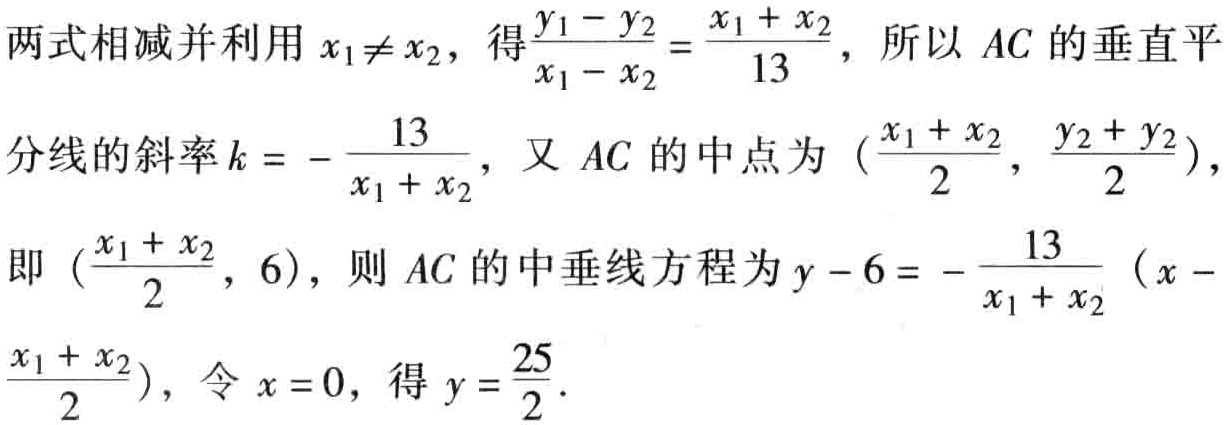
两式相减并利用 \(x_{1}\neq x_{2}\)，得\(\frac{y_{1}-y_{2}}{x_{1}-x_{2}}=\frac{x_{1}+x_{2}}{13}\)，所以 \(AC\) 的垂直平

分线的斜率\(k = -\frac{13}{x_{1}+x_{2}}\)，又 \(AC\) 的中点为 \((\frac{x_{1}+x_{2}}{2},\frac{y_{2}+y_{2}}{2})\)，

即 \((\frac{x_{1}+x_{2}}{2},6)\)，则 \(AC\) 的中垂线方程为\(y - 6 = -\frac{13}{x_{1}+x_{2}}(x - \frac{x_{1}+x_{2}}{2})\)，令 \(x = 0\)，得 \(y=\frac{25}{2}\)．